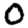
Digit: 0